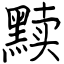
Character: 黩